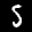
Digit: 5